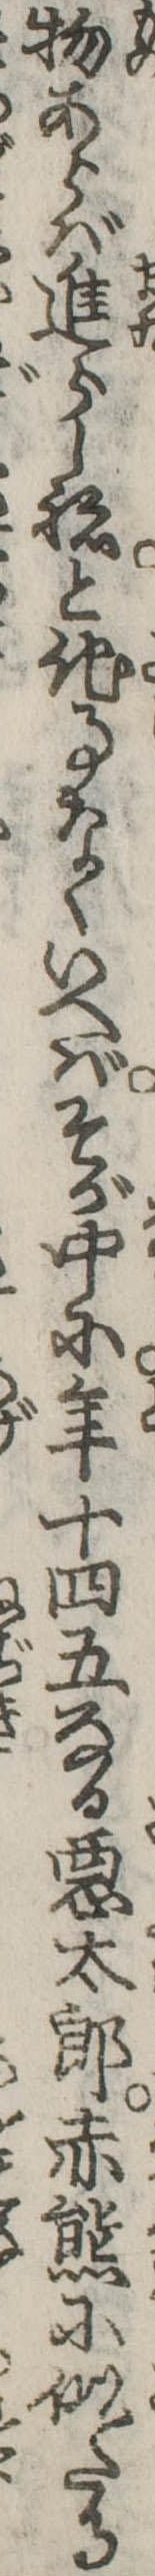
物あらば進らしねと他事なくいへばそが中に年十四五なる悪太郎赤熊に似たる